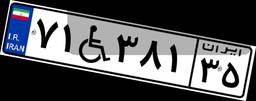
۳۴W۴۲۵۱۶